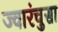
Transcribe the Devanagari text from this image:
ज्वारंचुसा